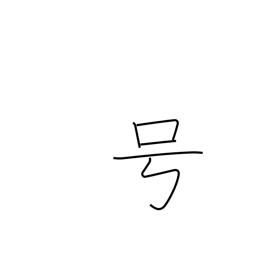
Meaning: nickname